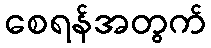
စေရန်အတွက်